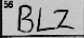
Transcription: BLZ